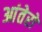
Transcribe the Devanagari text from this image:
आंतेरो